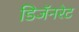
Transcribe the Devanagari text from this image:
डिजॅनरेट